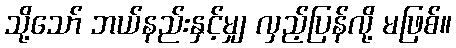
သို့သော် ဘယ်နည်းနှင့်မျှ လှည့်ပြန်လို့ မဖြစ်။